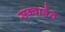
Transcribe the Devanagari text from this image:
सक्वाबैन